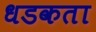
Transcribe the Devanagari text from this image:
धडकता